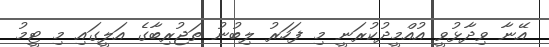
އޭނާ ވިދާޅުވީ އުއްމީދުކުރަނީ މި ފަހަރު ލިބުނު ތަޖުރިބާގެ އަލީގައި މި ޓީމު